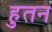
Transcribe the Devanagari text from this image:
हुतन